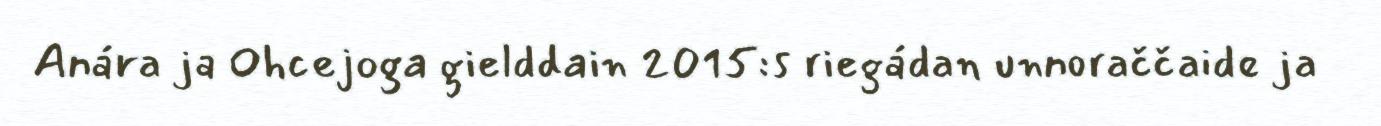
Anára ja Ohcejoga gielddain 2015:s riegádan unnoraččaide ja